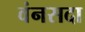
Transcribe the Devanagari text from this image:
वंनसदा